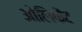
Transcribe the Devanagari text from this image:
ओलिफेंट